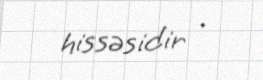
hissəsidir .